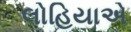
લોહિયાએ